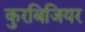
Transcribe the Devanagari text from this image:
कुरबिजियर